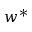
w ^ { * }